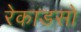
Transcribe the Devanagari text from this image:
रेकाडसो